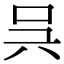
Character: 𠯵